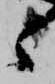
ゝ